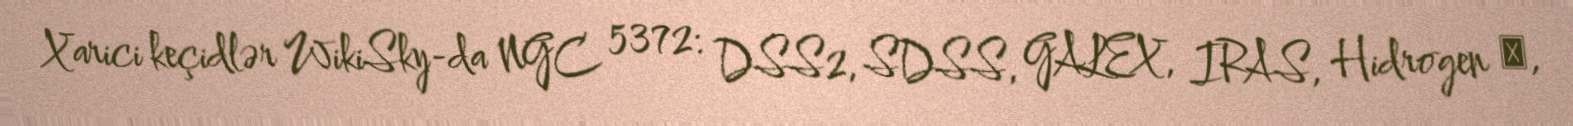
Xarici keçidlər WikiSky-da NGC 5372: DSS2, SDSS, GALEX, IRAS, Hidrogen α,